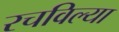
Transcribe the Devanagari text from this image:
रचविल्या